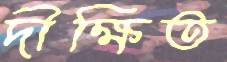
দীক্ষিত